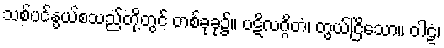
သစ်ပင်နွယ်စသည်တို့တွင် တစ်ခုခု၌။ ပဋိလဂ္ဂိတံ၊ တွယ်ငြိသော။ ဝါဠံ၊